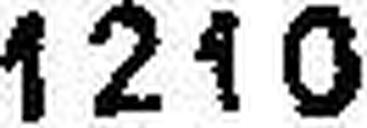
1210